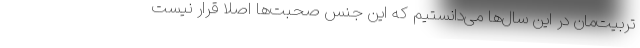
تربیت‌مان در این سال‌ها می‌دانستیم که این جنس صحبت‌ها اصلا قرار نیست